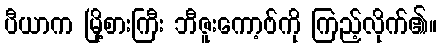
ပီယာက မြို့စားကြီး ဘီဇူးကော့ဗ်ကို ကြည့်လိုက်၏။